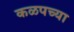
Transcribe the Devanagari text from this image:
कळपच्या